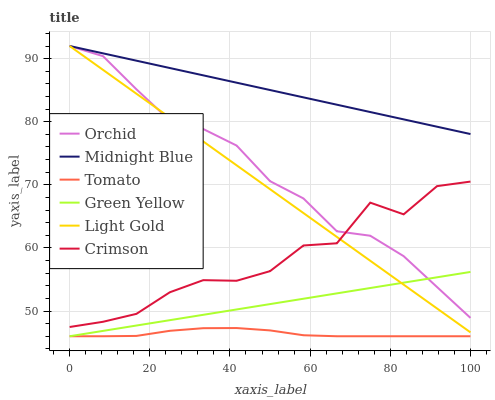
| xaxis_label | Orchid | Midnight Blue | Tomato | Green Yellow | Light Gold | Crimson |
 | --- | --- | --- | --- | --- | --- | --- |
 | 0 | 92 | 92 | 46 | 46 | 92 | 47.5 |
 | 8.33 | 90.4 | 90.8 | 46 | 46.8 | 88.2 | 48.3 |
 | 16.7 | 85.1 | 89.7 | 46.1 | 47.7 | 84.4 | 49.5 |
 | 25 | 80.2 | 88.5 | 46.9 | 48.5 | 80.7 | 53 |
 | 33.3 | 78.8 | 87.3 | 47.3 | 49.4 | 76.9 | 54.9 |
 | 41.7 | 76.2 | 86.2 | 47.3 | 50.2 | 73.1 | 54.8 |
 | 50 | 70.6 | 85 | 46.9 | 51.1 | 69.3 | 56.3 |
 | 58.3 | 67.8 | 83.9 | 46.2 | 51.9 | 65.5 | 60.4 |
 | 66.7 | 62.6 | 82.7 | 46 | 52.8 | 61.7 | 60.7 |
 | 75 | 61.9 | 81.5 | 46 | 53.6 | 58 | 67.2 |
 | 83.3 | 58.7 | 80.4 | 46 | 54.5 | 54.2 | 65.3 |
 | 91.7 | 53.8 | 79.2 | 46 | 55.3 | 50.4 | 69.8 |
 | 100 | 48.9 | 78 | 46 | 56.2 | 46.6 | 70.5 |